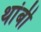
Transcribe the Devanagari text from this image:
थांबी